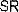
SR